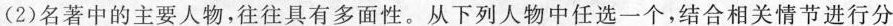
(2)名著中的主要人物，往往具有多面性。从下列人物中任选一个，结合相关情节进行分